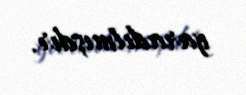
yaradılmışdır.